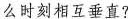
么时刻相互垂直？